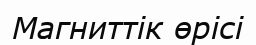
Магниттік өрісі